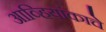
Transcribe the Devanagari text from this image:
आव्हियांकाचे